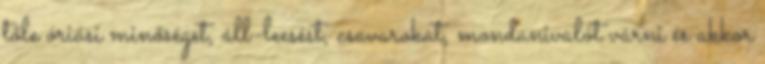
tőle óriási minőséget, áll-leesést, csavarokat, mondanivalót várni és akkor